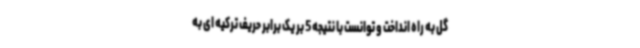
گل به راه انداخت و توانست با نتیجه 5 بر یک برابر حریف ترکیه ای به